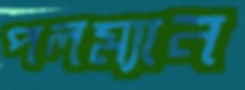
পলম্যান